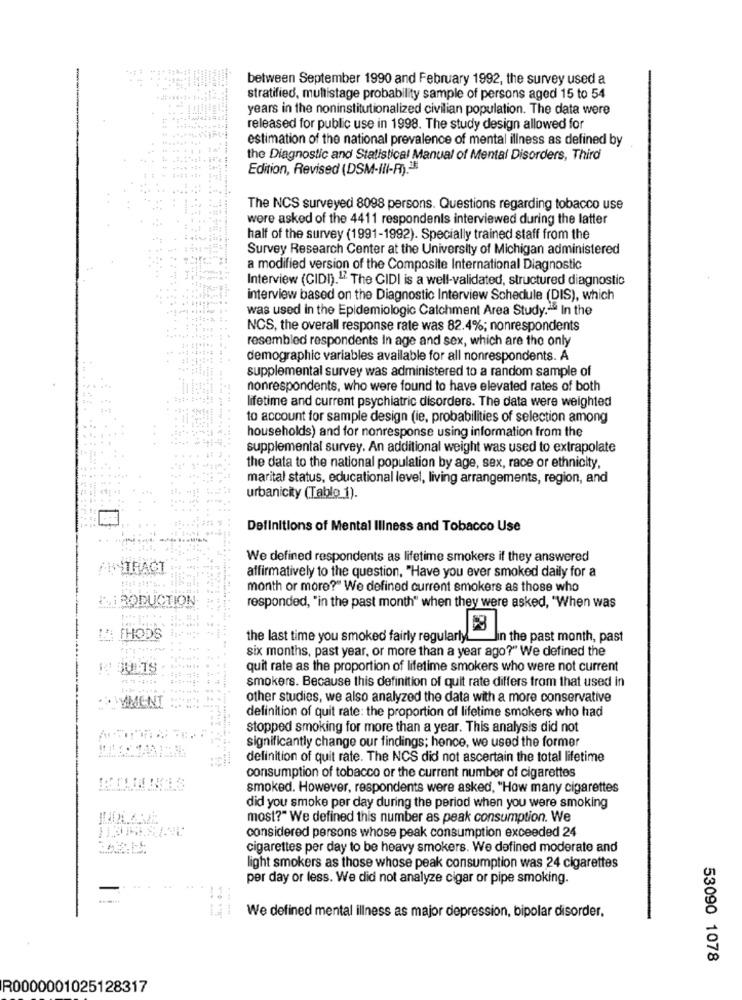
-
between September 1990 and February 1992, the survey used a
stratified, multistage probability sample of persons aged 15 to 54
years in the noninstitutionalized civilian population. The data were
released for public use in 1998. The study design allowed for
estimation of the national prevalence of mental illness as defined by
the Diagnostic and Statistical Manual of Mental Disorders, Third
Edition, Revised (DSM-III-R) .-*
The NCS surveyed 8098 persons. Questions regarding tobacco use
were asked of the 4411 respondents interviewed during the latter
half of the survey (1991-1992). Specially trained staff from the
Survey Research Center at the University of Michigan administered
a modified version of the Composite International Diagnostic
Interview (CIDI).17. The CIDI is a well-validated, structured diagnostic
interview based on the Diagnostic Interview Schedule (DIS), which
was used in the Epidemiologic Catchment Area Study." In the
NCS, the overall response rate was 82.4%; nonrespondents
resembled respondents In age and sex, which are the only
demographic variables available for all nonrespondents. A
supplemental survey was administered to a random sample of
nonrespondents, who were found to have elevated rates of both
lifetime and current psychiatric disorders. The data were weighted
to account for sample design (le, probabilities of selection among
households) and for nonresponse using information from the
supplemental survey. An additional weight was used to extrapolate
the data to the national population by age, sex, race or ethnicity,
marital status, educational level, living arrangements, region, and
urbanicity (Tablo 1).
Definitions of Mental Illness and Tobacco Use
We defined respondents as lifetime smokers if they answered
affirmatively to the question, "Have you ever smoked daily for a
month or more?" We defined current smokers as those who
ILI RODUCTION
responded, "in the past month" when they were asked, "When was
FHODS
the last time you smoked fairly regularly.
Jin the past month, past
six months, past year, or more than a year ago?" We defined the
quit rate as the proportion of lifetime smokers who were not current
smokers. Because this definition of quit rate differs from that used in
AUMENT
other studies, we also analyzed the data with a more conservative
definition of quit rate: the proportion of lifetime smokers who had
stopped smoking for more than a year. This analysis did not
significantly change our findings; hence, we used the former
definition of quit rate. The NCS did not ascertain the total lifetime
consumption of tobacco or the current number of cigarettes
smoked. However, respondents were asked, "How many cigarettes
did you smoke per day during the period when you were smoking
most?" We defined this number as peak consumption. We
considered persons whose peak consumption exceeded 24
cigarettes per day to be heavy smokers. We defined moderate and
light smokers as those whose peak consumption was 24 cigarettes
per day or less. We did not analyze cigar or pipe smoking.
We defined mental illness as major depression, bipolar disorder,
53090 1078
R0000001025128317